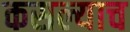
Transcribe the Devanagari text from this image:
कसल्याच